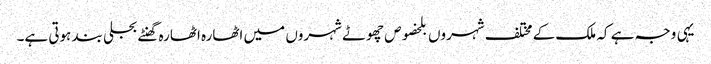
یہی وجہ ہے کہ ملک کے مختلف شہروں بلخصوص چھوٹے شہروں میں اٹھارہ اٹھارہ گھنٹے بجلی بند ہوتی ہے۔